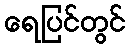
ရေပြင်တွင်